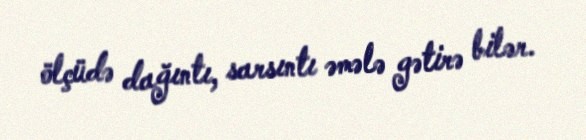
ölçüdə dağıntı, sarsıntı əmələ gətirə bilər.